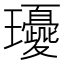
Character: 𤫘